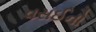
વસઈનો